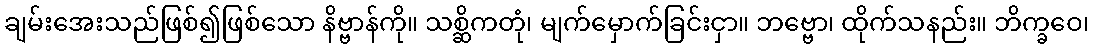
ချမ်းအေးသည်ဖြစ်၍ဖြစ်သော နိဗ္ဗာန်ကို။ သစ္ဆိကတုံ၊ မျက်မှောက်ခြင်းငှာ။ ဘဗ္ဗော၊ ထိုက်သနည်း။ ဘိက္ခဝေ၊